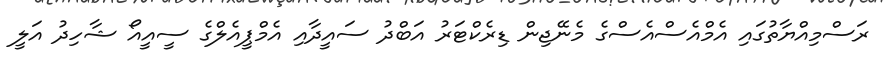
ރަސްމިއްޔާތުގައި އެމްއެސްއެސްގެ މެނޭޖިން ޑިރެކްޓަރު އަބްދު ސައީދާއި އެމްޕީއެލްގެ ސީއީއޯ ޝާހިދު އަލީ